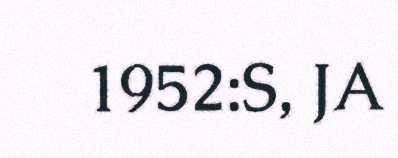
1952:S, JA